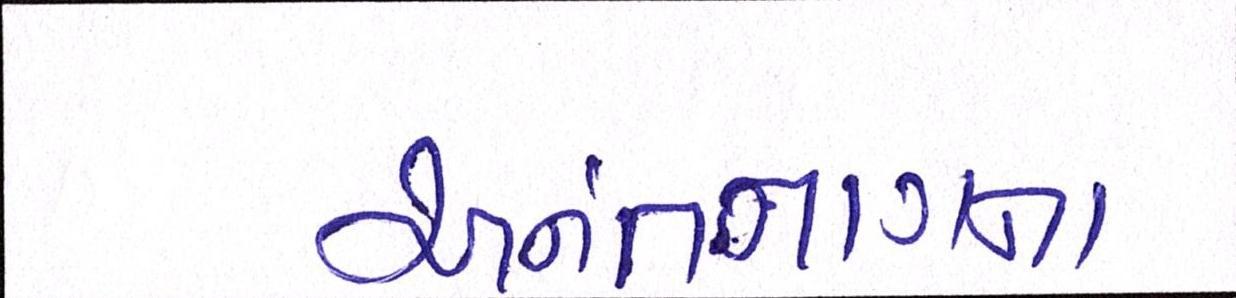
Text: અનંતનાગના